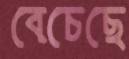
বেচেছে